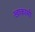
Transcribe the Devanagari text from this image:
खाकासी